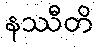
နဿီတိ